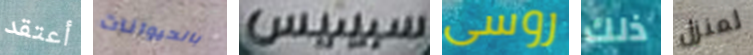
أعتقد بالحيوانات سبينيس روسى ذلك لمنزل